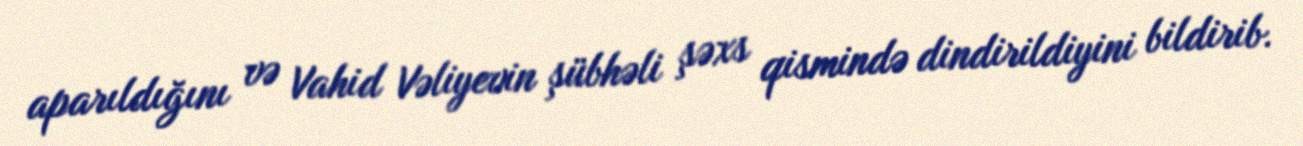
aparıldığını və Vahid Vəliyevin şübhəli şəxs qismində dindirildiyini bildirib.